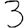
Digit: 3